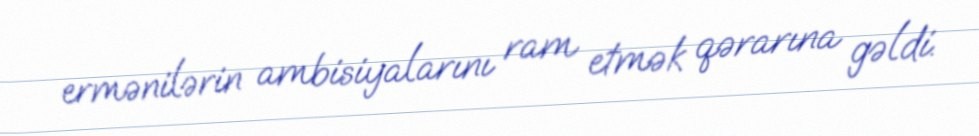
ermənilərin ambisiyalarını ram etmək qərarına gəldi.